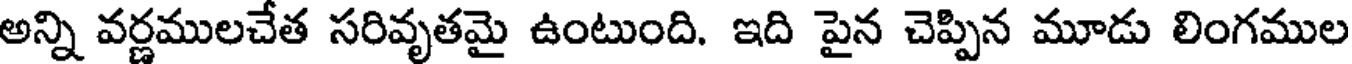
అన్ని వర్ణములచేత సరివృతమై ఉంటుంది. ఇది పైన చెప్పిన మూడు లింగముల